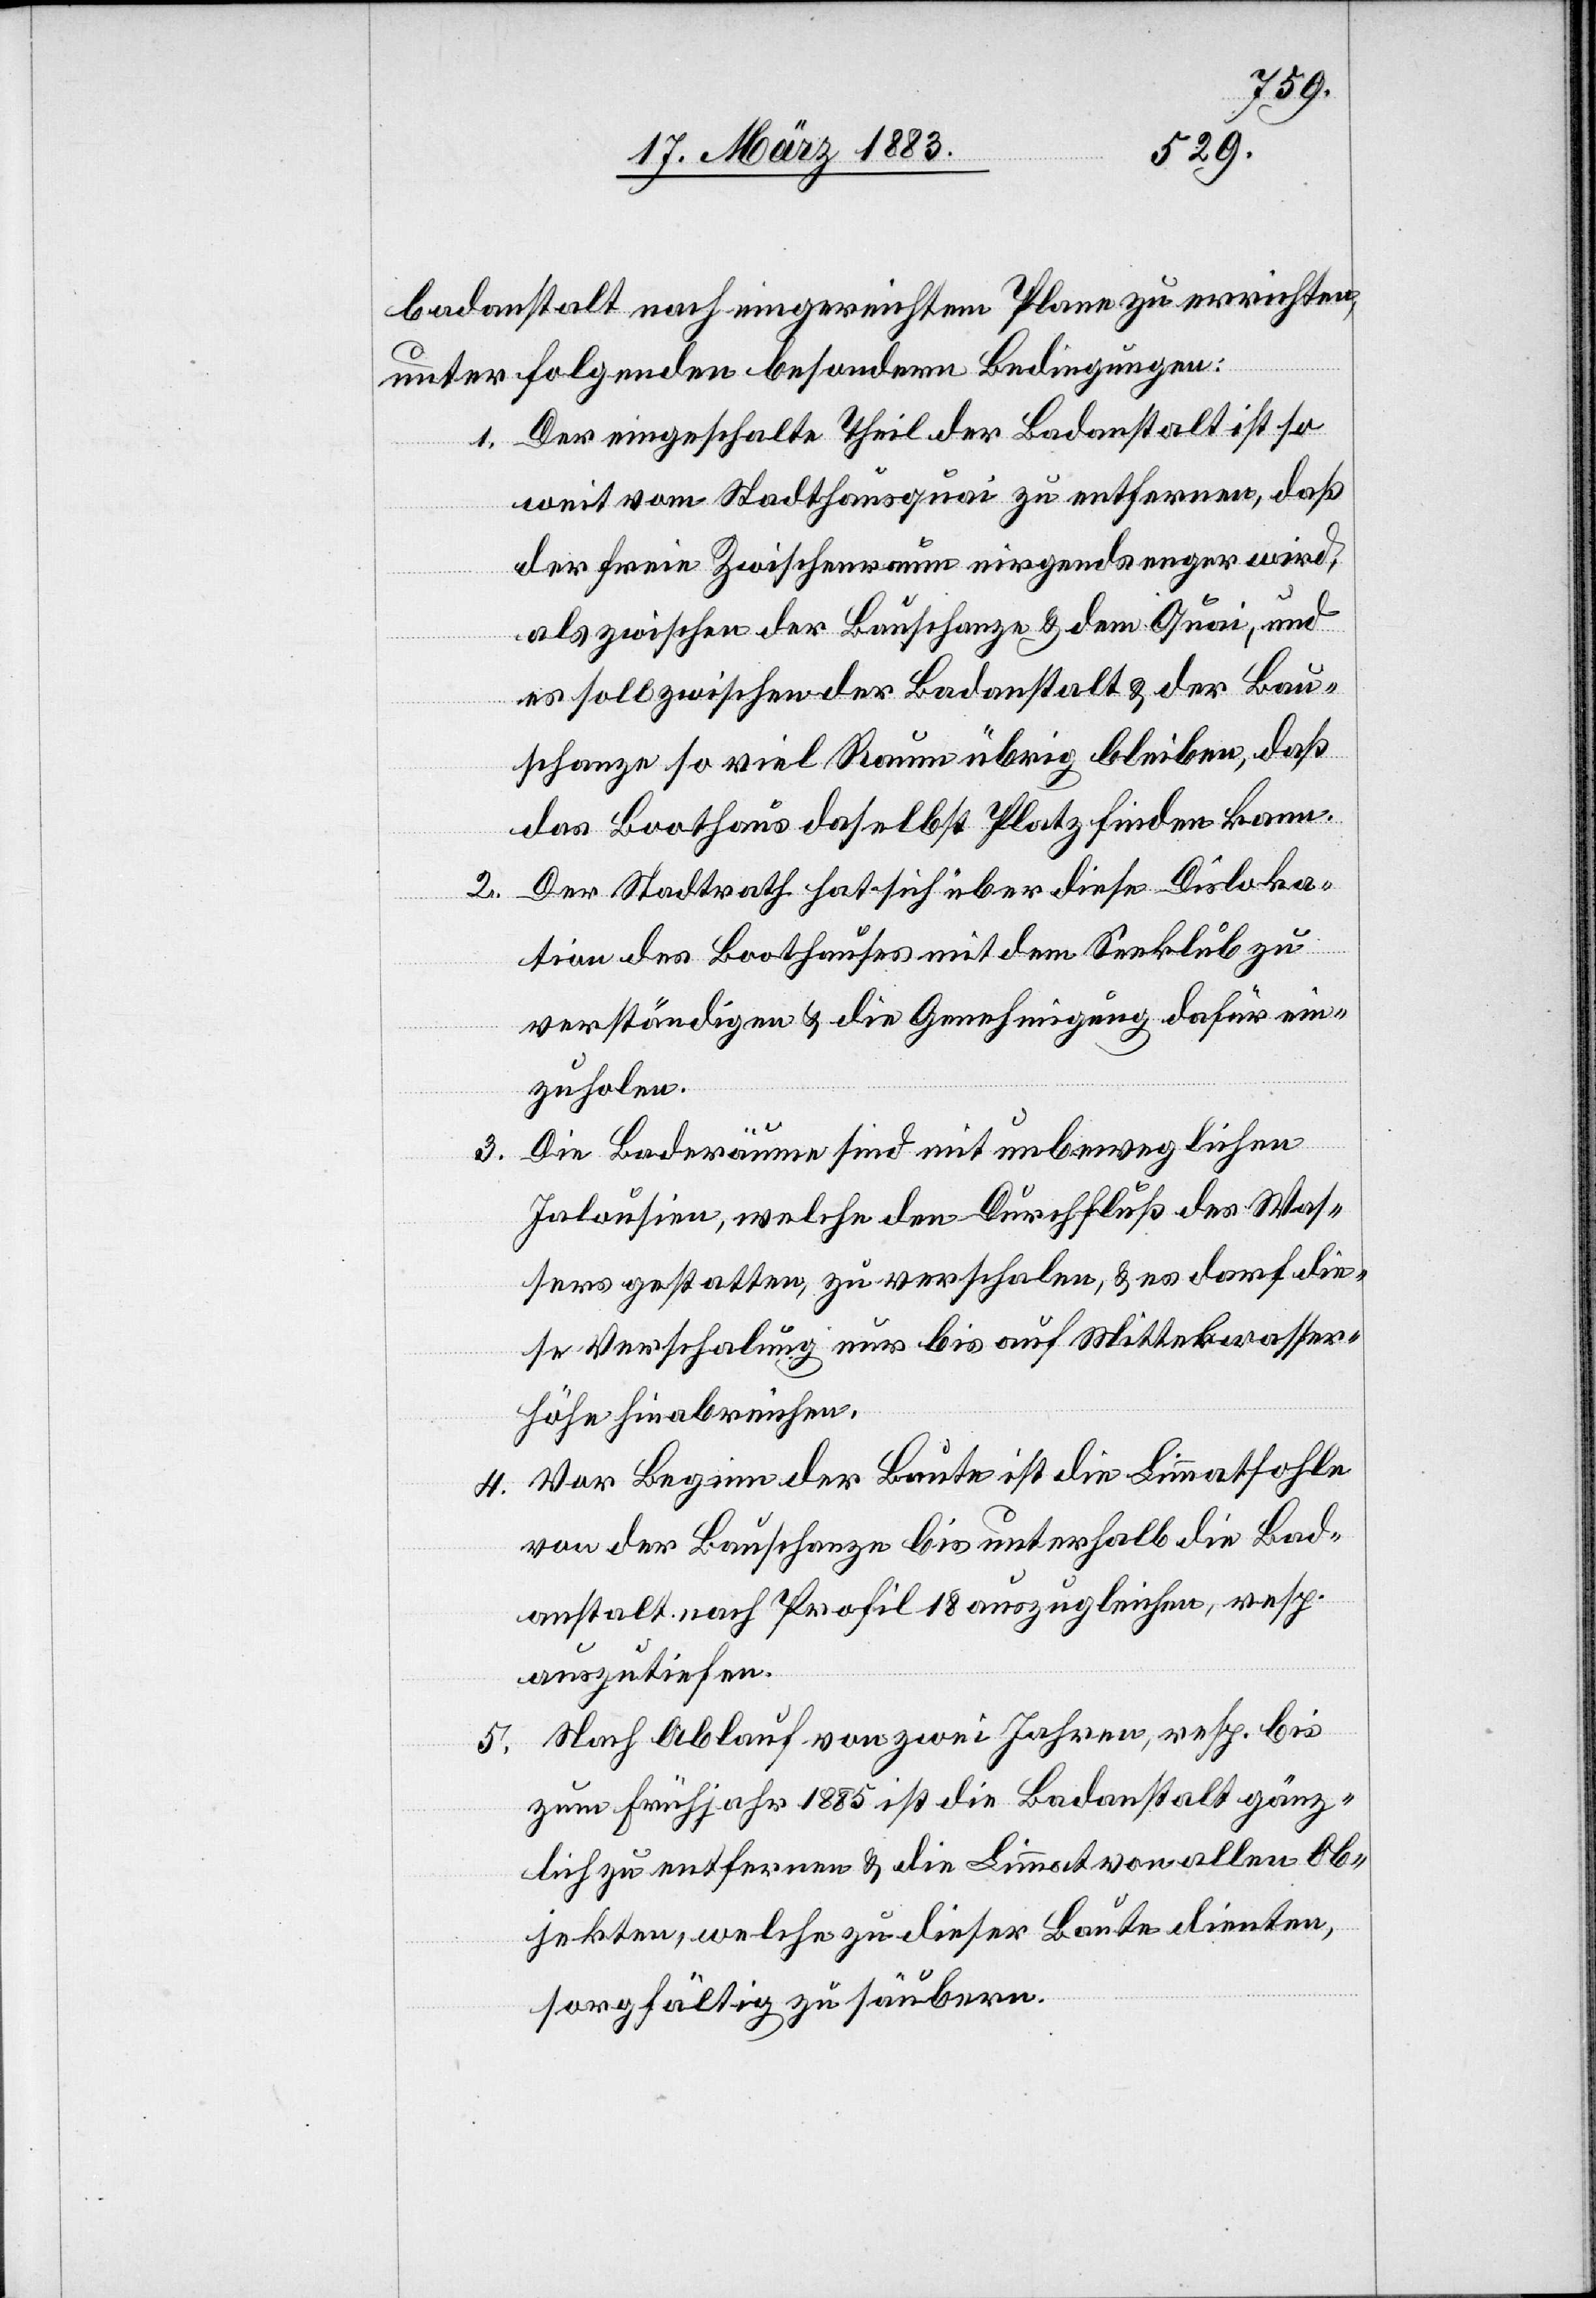
badanstalt nach eingereichtem Plane zu errichten,
unter folgenden besondern Bedingungen:
1. Der eingeschalte Theil der Badanstalt ist so
weit vom Stadthausquai zu entfernen, daß
der freie Zwischenraum nirgends enger wird,
als zwischen der Bauschanze & dem Quai, und
es soll zwischen der Badanstalt & der Bau¬
schanze so viel Raum übrig bleiben, daß
das Boothaus daselbst Platz finden kann.
2. Der Stadtrath hat sich über diese Disloka¬
tion des Boothauses mit dem Seeklub zu
verständigen & die Genehmigung dafür ein¬
zuholen.
3. Die Baderäume sind mit unbeweglichen
Jalousien, welche den Durchfluß des Was¬
sers gestatten, zu verschalen, & es darf die¬
se Verschalung nur bis auf Mittelwasser¬
höhe hinabreichen.
4. Vor Beginn der Baute ist die Limmatsohle
von der Bauschanze bis unterhalb die Bad¬
anstalt nach Profil 18 auszugleichen, resp.
auszutiefen.
5. Nach Ablauf von zwei Jahren, resp. bis
zum Frühjahr 1885 ist die Badanstalt gänz¬
lich zu entfernen & die Limmat von allen Ob¬
jekten, welche zu dieser Baute dienten,
sorgfältig zu säubern.